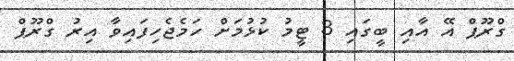
ގްރޫޕް އޭ އާއި ބީގައި 3 ޓީމު ކުޅުމަށް ހަމެޖެހިފައިވާ އިރު ގްރޫޕް